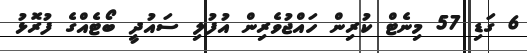
6 ގަޑި 57 މިނެޓް ކުރިން ހައްޖުވެރިން އުފުލި ސައުދީ ބޯޓެއްގެ ފުރޮޅު